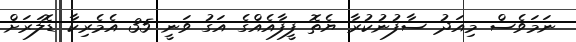
ނަމަވެސް މިއަދު ސާފުނުކުރާ ޔެތޮ ފީފާއެއްގެ އަގު ވަނީ 35 އެމެރިކާ ޑޮލަރަށް